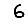
Digit: 6